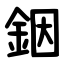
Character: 銦